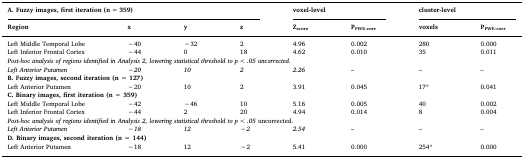
| <COLSPAN=4> A. Fuzzy images, first iteration (n = 359) | <COLSPAN=2> voxel-level | <COLSPAN=2> cluster-level |
 | Region | x | y | z | Zscore | PFWE-corr | voxels | PFWE-corr |
 | --- | --- | --- | --- | --- | --- | --- | --- |
 | Left Middle Temporal Lobe | −40 | −32 | 2 | 4.96 | 0.002 | 280 | 0.000 |
 | Left Inferior Frontal Cortex | −44 | 0 | 18 | 4.62 | 0.010 | 35 | 0.011 |
 | <COLSPAN=8> Post-hoc analysis of regions identified in Analysis 2, lowering statistical threshold to p < .05 uncorrected. |
 | Left Anterior Putamen | −20 | 10 | 2 | 2.26 | – | – | – |
 | <COLSPAN=8> B. Fuzzy images, second iteration (n = 127) |
 | Left Anterior Putamen | −20 | 10 | 2 | 3.91 | 0.045 | 17* | 0.041 |
 | <COLSPAN=8> C. Binary images, first iteration (n = 359) |
 | Left Middle Temporal Lobe | −42 | −46 | 10 | 5.16 | 0.005 | 40 | 0.002 |
 | Left Inferior Frontal Cortex | −44 | 2 | 20 | 4.94 | 0.014 | 8 | 0.004 |
 | <COLSPAN=8> Post-hoc analysis of regions identified in Analysis 2, lowering statistical threshold to p < .05 uncorrected. |
 | Left Anterior Putamen | −18 | 12 | −2 | 2.54 | – | – | – |
 | <COLSPAN=8> D. Binary images, second iteration (n = 144) |
 | Left Anterior Putamen | −18 | 12 | −2 | 5.41 | 0.000 | 254* | 0.000 |